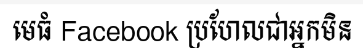
មេធំ Facebook ប្រហែលជាអ្នកមិន